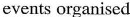
events organised